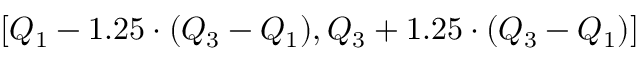
[ Q _ { 1 } - 1 . 2 5 \cdot ( Q _ { 3 } - Q _ { 1 } ) , Q _ { 3 } + 1 . 2 5 \cdot ( Q _ { 3 } - Q _ { 1 } ) ]